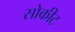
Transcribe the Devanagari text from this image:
सोकीट